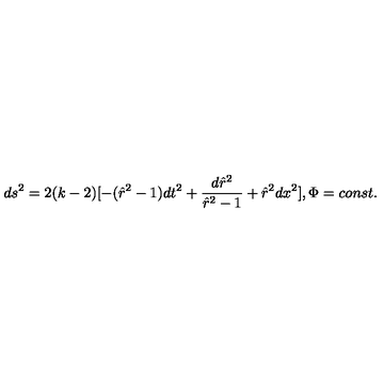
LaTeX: d s ^ { 2 } = 2 ( k - 2 ) [ - ( \hat { r } ^ { 2 } - 1 ) d t ^ { 2 } + \frac { d \hat { r } ^ { 2 } } { \hat { r } ^ { 2 } - 1 } + \hat { r } ^ { 2 } d x ^ { 2 } ] , \Phi = c o n s t .